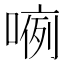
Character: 𱔂